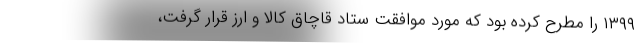
۱۳۹۹ را مطرح کرده بود که مورد موافقت ستاد قاچاق کالا و ارز قرار گرفت،